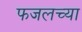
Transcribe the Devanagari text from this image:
फजलच्या